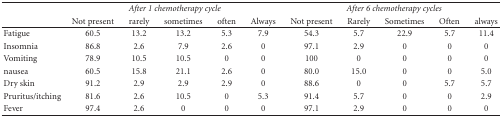
<table><thead><tr><td></td><td colspan="5"><b><i>After 1 chemotherapy cycle</i></b></td><td colspan="5"><b><i>After 6 chemotherapy cycles</i></b></td></tr><tr><td></td><td><b>Not present</b></td><td><b>rarely</b></td><td><b>sometimes</b></td><td><b>often</b></td><td><b>Always</b></td><td><b>Not present</b></td><td><b>Rarely</b></td><td><b>Sometimes</b></td><td><b>Often</b></td><td><b>always</b></td></tr></thead><tbody><tr><td>Fatigue</td><td>60.5</td><td>13.2</td><td>13.2</td><td>5.3</td><td>7.9</td><td>54.3</td><td>5.7</td><td>22.9</td><td>5.7</td><td>11.4</td></tr><tr><td>Insomnia</td><td>86.8</td><td>2.6</td><td>7.9</td><td>2.6</td><td>0</td><td>97.1</td><td>2.9</td><td>0</td><td>0</td><td>0</td></tr><tr><td>Vomiting</td><td>78.9</td><td>10.5</td><td>10.5</td><td>0</td><td>0</td><td>100</td><td>0</td><td>0</td><td>0</td><td>0</td></tr><tr><td>nausea</td><td>60.5</td><td>15.8</td><td>21.1</td><td>2.6</td><td>0</td><td>80.0</td><td>15.0</td><td>0</td><td>0</td><td>5.0</td></tr><tr><td>Dry skin</td><td>91.2</td><td>2.9</td><td>2.9</td><td>2.9</td><td>0</td><td>88.6</td><td>0</td><td>0</td><td>5.7</td><td>5.7</td></tr><tr><td>Pruritus/itching</td><td>81.6</td><td>2.6</td><td>10.5</td><td>0</td><td>5.3</td><td>91.4</td><td>5.7</td><td>0</td><td>0</td><td>2.9</td></tr><tr><td>Fever</td><td>97.4</td><td>2.6</td><td>0</td><td>0</td><td>0</td><td>97.1</td><td>2.9</td><td>0</td><td>0</td><td>0</td></tr></tbody></table>